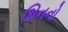
ઊનનો